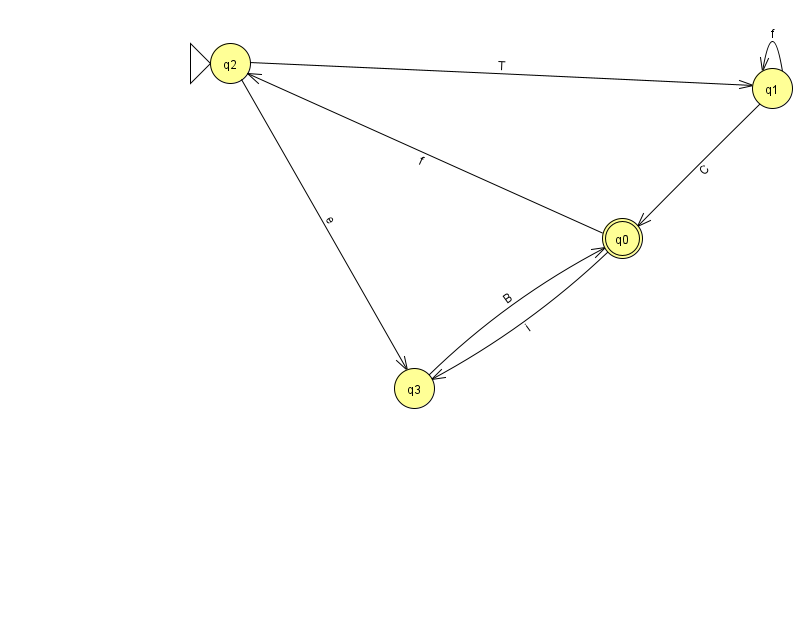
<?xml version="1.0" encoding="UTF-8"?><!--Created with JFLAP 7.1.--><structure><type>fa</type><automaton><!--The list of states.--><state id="0" name="q0"><x>622.0</x><y>225.0</y><final/></state><state id="1" name="q1"><x>772.0</x><y>75.0</y></state><state id="2" name="q2"><x>230.0</x><y>50.0</y><initial/></state><state id="3" name="q3"><x>414.0</x><y>375.0</y></state><!--The list of transitions.--><transition><from>0</from><to>3</to><read>i</read></transition><transition><from>0</from><to>2</to><read>f</read></transition><transition><from>1</from><to>1</to><read>f</read></transition><transition><from>1</from><to>0</to><read>C</read></transition><transition><from>3</from><to>0</to><read>B</read></transition><transition><from>2</from><to>1</to><read>T</read></transition><transition><from>2</from><to>3</to><read>e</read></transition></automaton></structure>